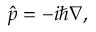
{ \hat { p } } = - i \hbar \nabla ,